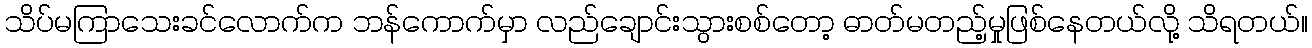
သိပ်မကြာသေးခင်လောက်က ဘန်ကောက်မှာ လည်ချောင်းသွားစစ်တော့ ဓာတ်မတည့်မှုဖြစ်နေတယ်လို့ သိရတယ်။